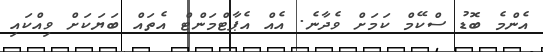
އެންމެ ބޮޑު ސްކޭމް ކަމަށް ވެދާނެ. އެއް އެޕާޓްމަންޓް އެތައް ބަޔަކަށް ވިއްކައި